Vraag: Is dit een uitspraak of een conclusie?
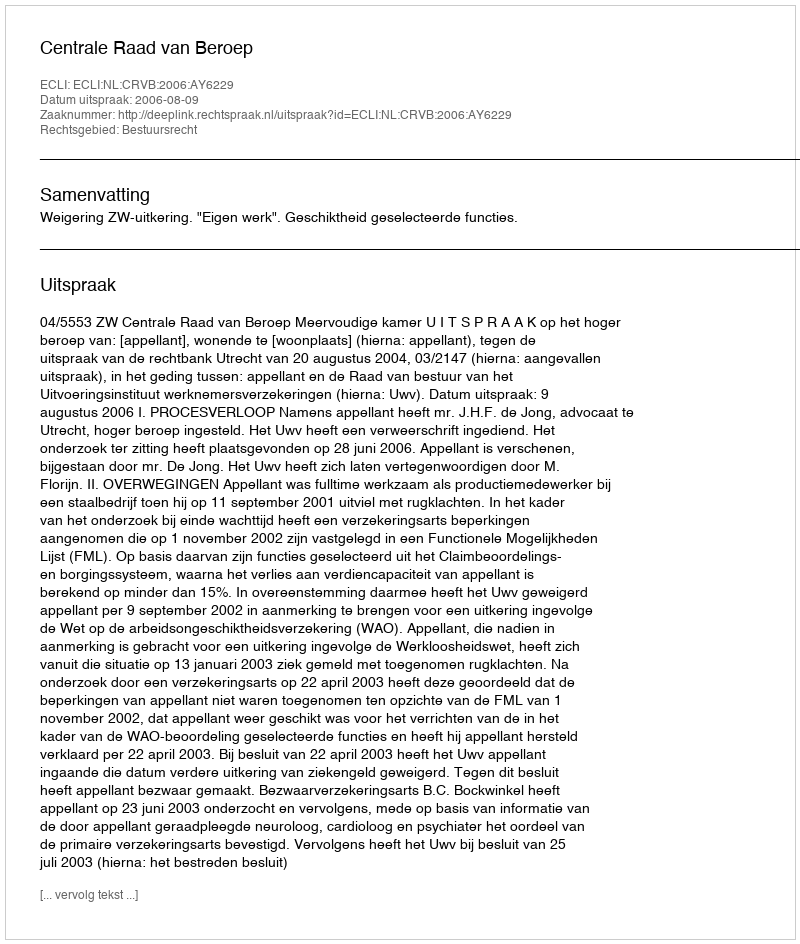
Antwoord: Uitspraak